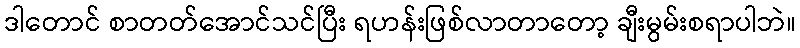
ဒါတောင် စာတတ်အောင်သင်ပြီး ရဟန်းဖြစ်လာတာတော့ ချီးမွမ်းစရာပါဘဲ။